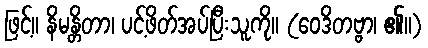
ဖြင့်။ နိမန္တိတာ၊ ပင့်ဖိတ်အပ်ပြီးသူကို။ (ဝေဒိတဗ္ဗာ၊ ၏။)